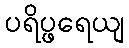
ပရိပ္ဖရေယျ